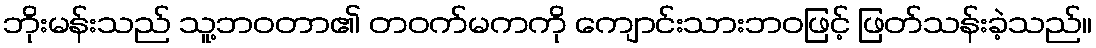
ဘိုးမန်းသည် သူ့ဘဝတာ၏ တဝက်မကကို ကျောင်းသားဘဝဖြင့် ဖြတ်သန်းခဲ့သည်။